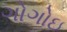
ગોગોઇ